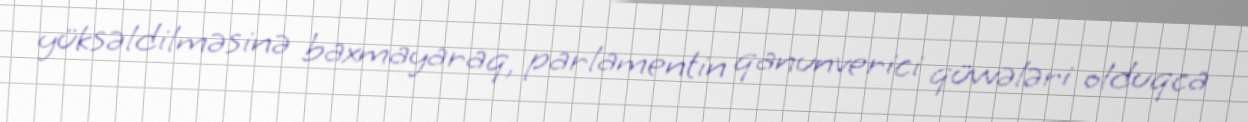
yüksəldilməsinə baxmayaraq, parlamentin qanunverici qüvvələri olduqca